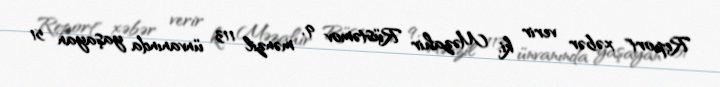
Report" xəbər verir ki, Məzahir Rüstəmov 9, mənzil 113 ünvanında yaşayan 51